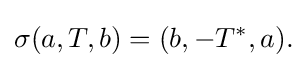
\displaystyle {\sigma (a,T,b)=(b,-T^{*},a).}